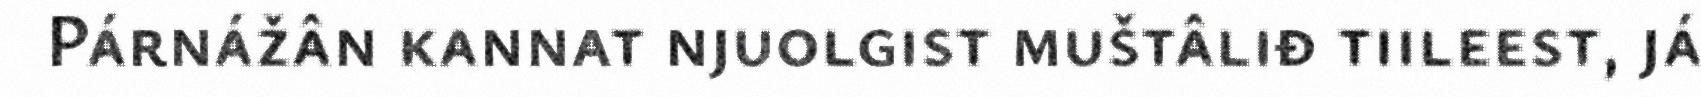
Párnážân kannat njuolgist muštâliđ tiileest, já